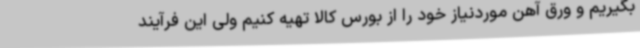
بگیریم و ورق آهن موردنیاز خود را از بورس کالا تهیه کنیم ولی این فرآیند